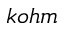
k o h m